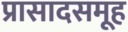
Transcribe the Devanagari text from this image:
प्रासादसमूह